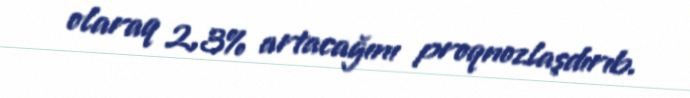
olaraq 2,3% artacağını proqnozlaşdırıb.